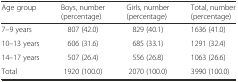
<table><thead><tr><td><b>Age group</b></td><td><b>Boys, number (percentage)</b></td><td><b>Girls, number (percentage)</b></td><td><b>Total, number (percentage)</b></td></tr></thead><tbody><tr><td>7–9 years</td><td>807 (42.0)</td><td>829 (40.1)</td><td>1636 (41.0)</td></tr><tr><td>10–13 years</td><td>606 (31.6)</td><td>685 (33.1)</td><td>1291 (32.4)</td></tr><tr><td>14–17 years</td><td>507 (26.4)</td><td>556 (26.8)</td><td>1063 (26.6)</td></tr><tr><td>Total</td><td>1920 (100.0)</td><td>2070 (100.0)</td><td>3990 (100.0)</td></tr></tbody></table>